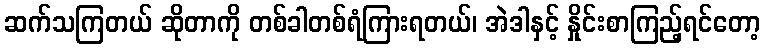
ဆက်သကြတယ် ဆိုတာကို တစ်ခါတစ်ရံကြားရတယ်၊ အဲဒါနှင့် နှိုင်းစာကြည့်ရင်တော့